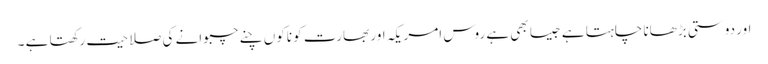
اور دوستی بڑھانا چاہتا ہے جیسا بھی ہے روس امریکہ اور بھارت کو ناکوں چنے چبوانے کی صلاحیت رکھتا ہے ۔